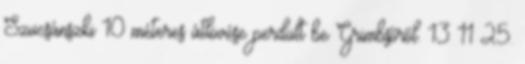
Szucsánszki 10 méteres átlövése perdült be Grimbsőről. 13–11 25.